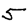
Digit: 5